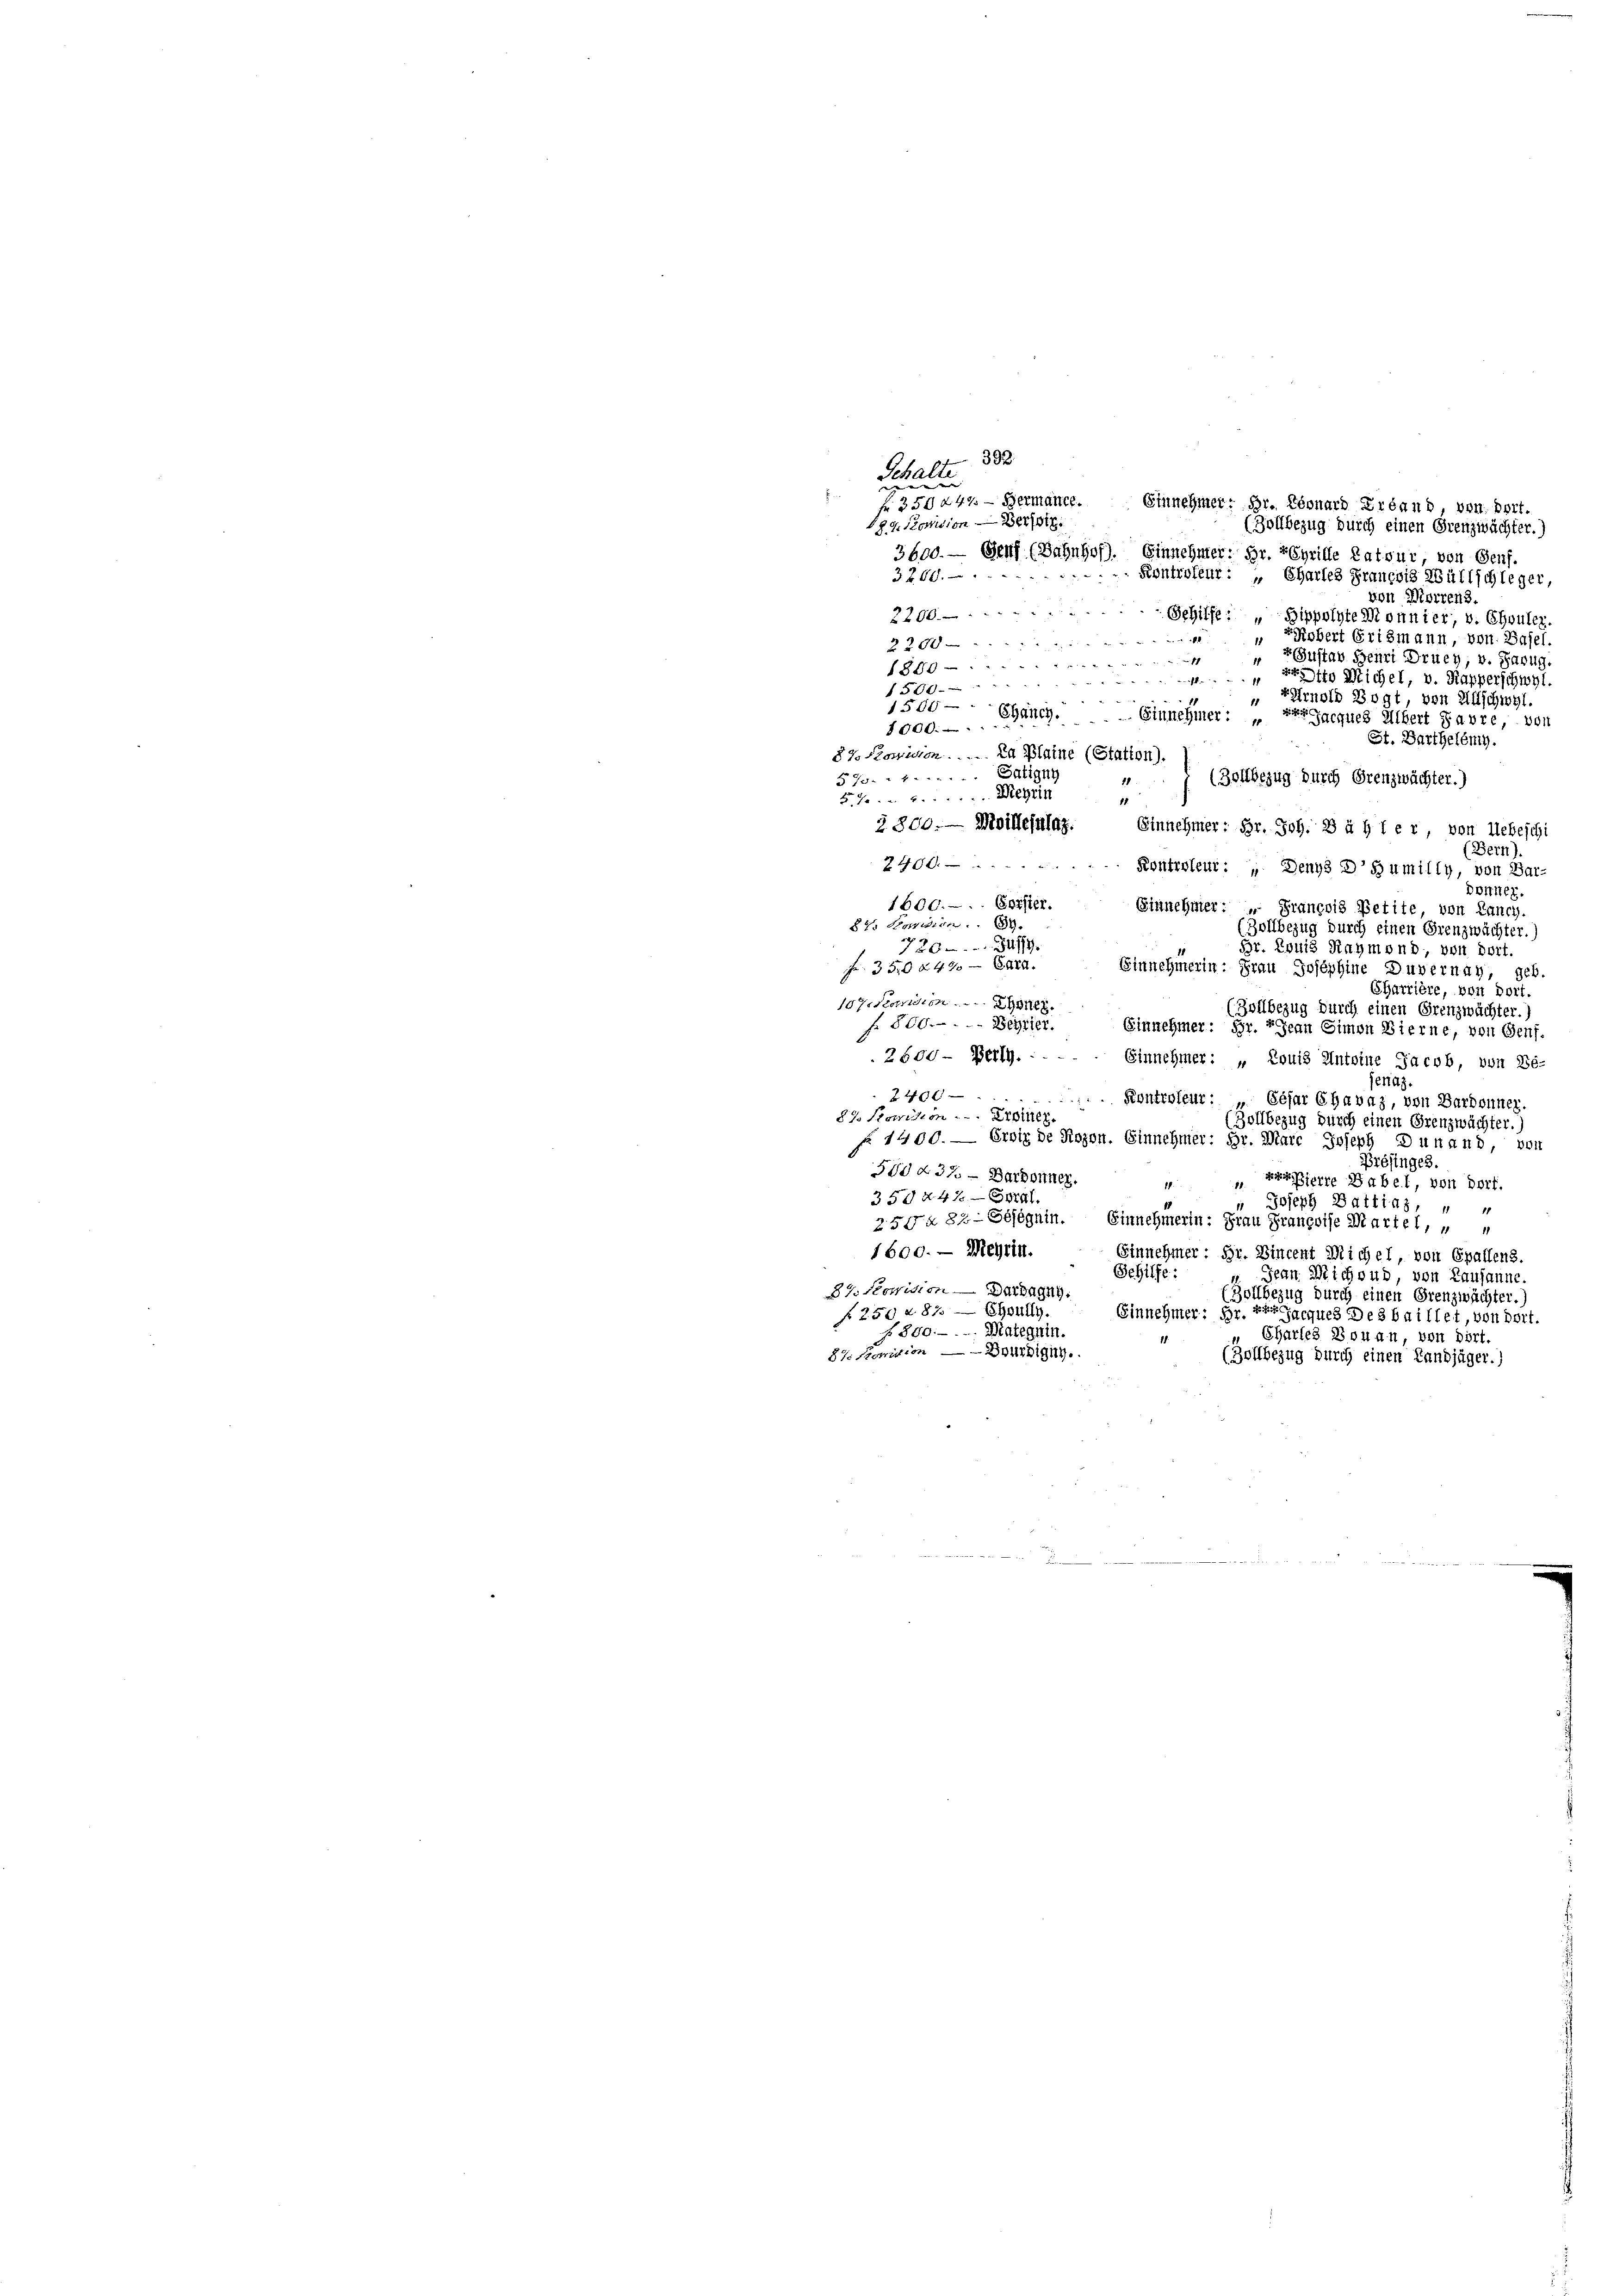
392.
Schalte
Nr. 359 247. - Hermante.
Etnehmer: Br. Ebonard Freund, von Dort.
489. Komision derseit
(Zollbezug durch einen Grenzwächter.)
3600. — Genf (Bahnhof). Einnehmer; Hr. reprille Latsur, von Genf.
3 266.
Kontroleur: „Chartes Francois Wültschleger,
von Morrens.
2200.
Gehilfe: „Bippolyte Monnier, v. Chouler,
.
rRobert Erismann, von Basel.
2200.
 Gustav Henri Druey, v. Sarug.
s
1389
22
atto Michel, v. Kapperschwyl.
"
1500
rArnold Vogt, von Aufschwyl.
/500 — Ehänch. Einnehmer: „Jacques Albert Havre, von
1000.
St. Barthelénig.
82 Parision ..... La Bleine (Station).
570.   . . . . . . Satign
(Zollbezug durch Grenzwächter.)
11
51.  ..  Wehrin
18.
§ 800.— Meillesung. Einnehmer: Hr. Joh. B à h i e r, von Uebeschi
(Bern).
40 f 0 x
Kontroleur: „Denys D humilly, von Bar-
Donner.
1600.-. Forster.
Einnehmer: " Francois Petite, von Lanch.
87 Howen 8.
Zollbezug durch einen Grenzwächter.)
720. 341
Br. Louis Raymond, von dort.
1
Fr. 350 249 xxx
Einnehmerin: Frau Josephine Duvernay, geb.
Churrière, von dort.
187. Provision .........
(Zollbezug durch einen Grenzwächter.)
f 800. Begler.
Einnehmer: Hr. Jean Simon Bierne, von Genf.
2600 - Beilg.  ..
Einnehmer: „Louis Antoine Jacob, von Be-
jenaz.
2 40 x
Kontroleur: „ Cesar Chavaz, von Bardonner.
87 Parision . . . Er der
(Zollbezug durch einen Grenzwächter.)
§ 1400. — Erwiede Rozon. Einnehmer: Hr. Mare Joseph Dunand, von
Présinges.
580 d37. - Dardonner.
 Pierre Babel, von Dorf.
1
350 n 42. — Coral.
Joseph Battin, " "
250 § 82 - Objegnin.
Einnehmerin: Frau Prançoise Martel,
1600. — Meyrin.
Einnehmer: Hr. Vincent Michel, von Spallens.
Sehilfe:
Jean Michoud, von Lausanne.
Dr Komision. — Dardrang
Zollbezug durch einen Grenzwächter.
f 250 & 87. — Ehoully.
Einnehmer: Hr. Er reques Des baillet, von dort.
f 800. - . Mategnin.
Chartes Bonau, von dort.
8t Bonition —  Douchignn.
(Zollbezug durch einen Landjäger.)